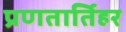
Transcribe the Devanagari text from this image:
प्रणतार्तिहर